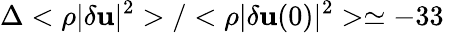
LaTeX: \Delta<\rho|\delta{\mathbf u}|^{2}>/<\rho|\delta{\mathbf u}(0)|^{2}>\simeq-33\